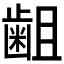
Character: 𪗱